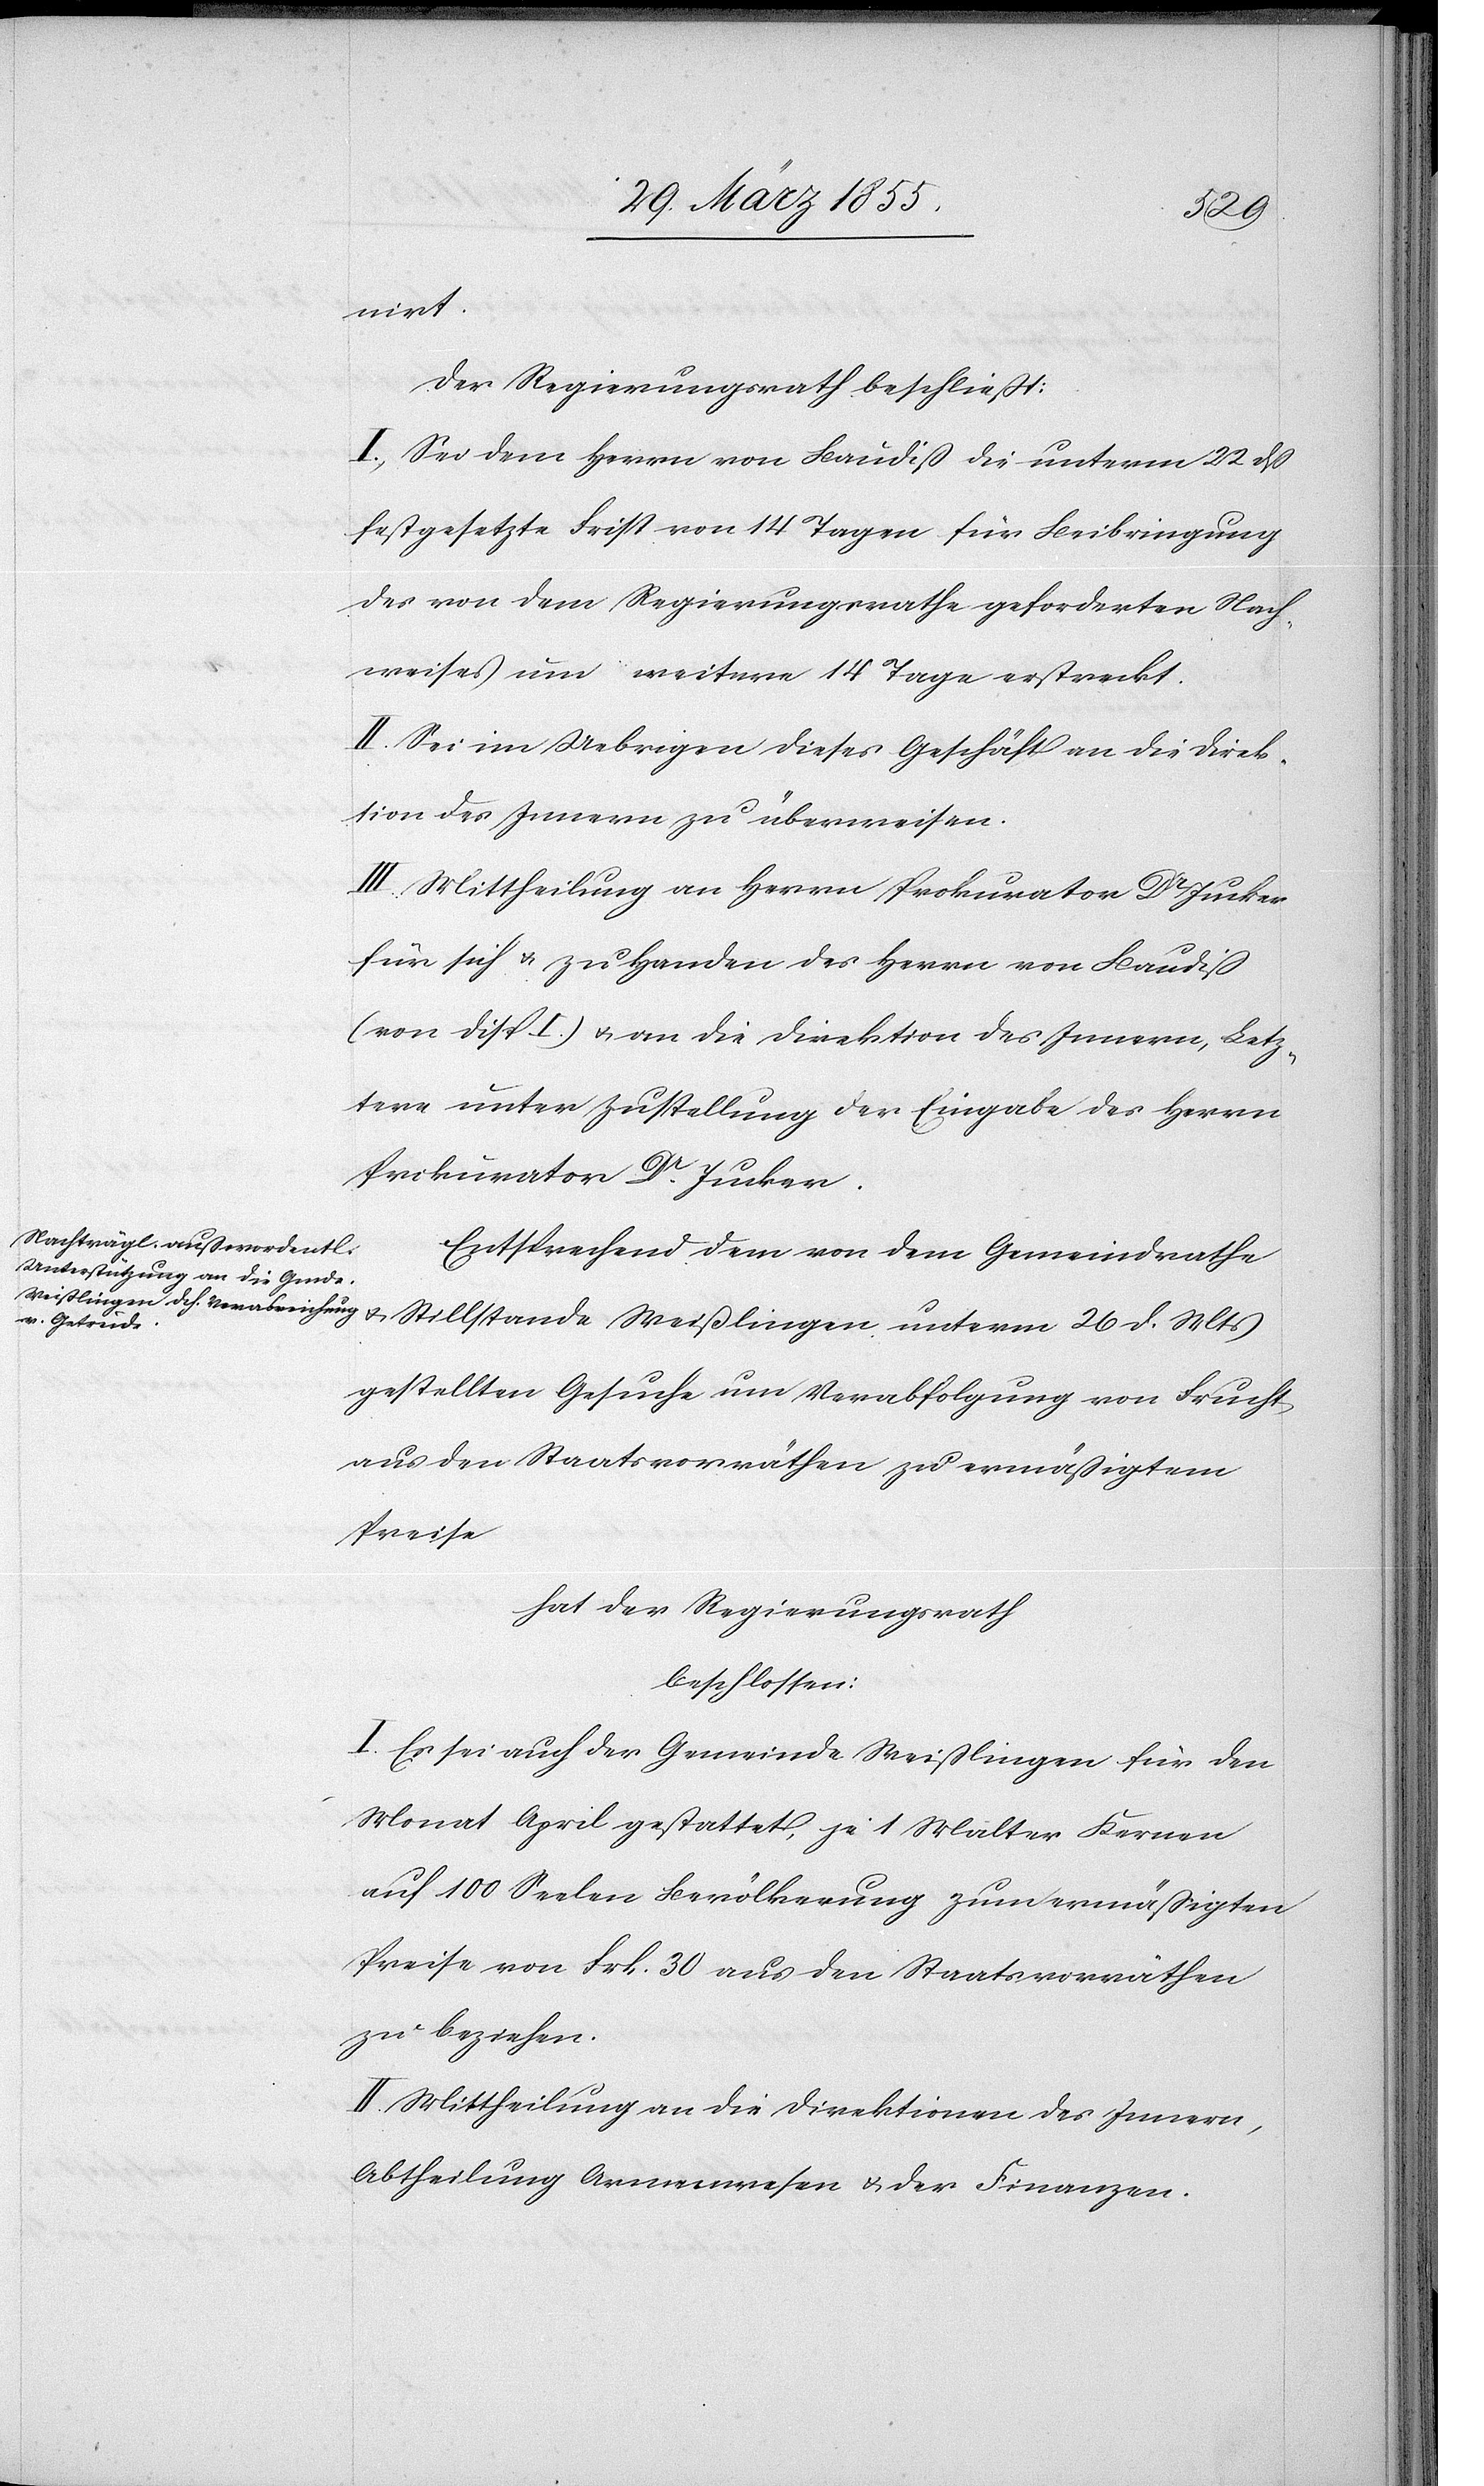
nirt.
Der Regierungsrath beschließt:
I, Sei dem Herrn von Baudiß die unterm 22 dß
festgesetzte Frist von 14 Tagen für Beibringung
des von dem Regierungsrathe geforderten Nach¬
weises um weitere 14 Tage erstreckt.
II. Sei im Uebrigen dieses Geschäft an die Direk¬
tion des Innern zu überweisen.
III. Mittheilung an Herrn Prokurator Dr Jucker
für sich & zu Handen des Herrn von Baudiß
(von Disp I.) & an die Direktion des Innern, Letz¬
tere unter Zustellung der Eingabe des Herrn
Prokurator Dr. Jucker.
Entsprechend dem von dem Gemeindrathe
gestellten Gesuche um Verabfolgung von Frucht
aus den Staatsvorräthen zu ermäßigtem
Preise
hat der Regierungsrath
beschlossen:
I. Es sei auch der Gemeinde Weißlingen für den
Monat April gestattet, je 1 Malter Kernen
auf 100 Seelen Bevölkerung zum ermäßigten
Preise von Frk. 30 aus den Staatsvorräthen
zu beziehen.
II. Mittheilung an die Direktionen des Innern,
Abtheilung Armenwesen & der Finanzen.